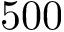
5 0 0